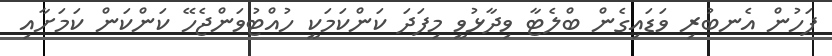
ފަހުން އެނބުރި ވަޑައިގެން ބްލެޓާ ވިދާޅުވީ މިފަދަ ކަންކަމަކީ ހުއްޓުވަންޖެހޭ ކަންކަން ކަމަށާއި